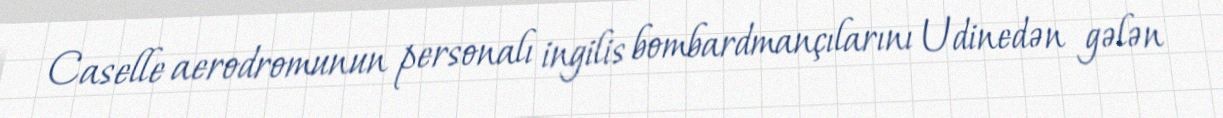
Caselle aerodromunun personalı ingilis bombardmançılarını Udinedən gələn